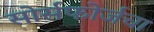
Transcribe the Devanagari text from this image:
सोर्सफोर्जचा